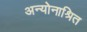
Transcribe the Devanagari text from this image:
अन्योनाश्रित